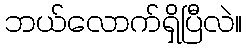
ဘယ်လောက်ရှိပြီလဲ။